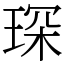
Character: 琛